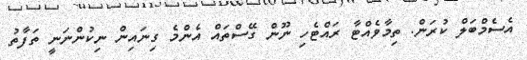
އެސެމްބަލް ކުރަން. ތިމާވެއްޓާ ރައްޓެހި ނޫން ގޭސްތައް އެންމެ ގިނައިން ނިކުންނަނީ ތަފާތު